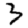
Digit: 3